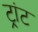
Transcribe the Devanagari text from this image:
ट्रांट